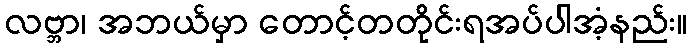
လဗ္ဘာ၊ အဘယ်မှာ တောင့်တတိုင်းရအပ်ပါအံ့နည်း။